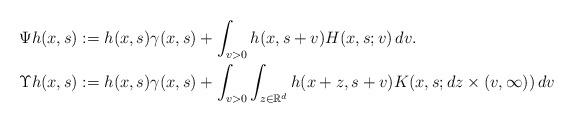
LaTeX: \begin{align*} \Psi h(x,s)&:= h(x,s) \gamma(x,s)+ \int_{v > 0} h(x,s+v) H(x,s;v) \, dv.\\\Upsilon h(x,s)&:= h(x,s) \gamma(x,s)+ \int_{v>0} \int_{z\in\mathbb R^d} h(x+z, s+v) K(x,s;dz \times (v,\infty))\,dv\end{align*}